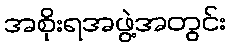
အစိုးရအဖွဲ့အတွင်း